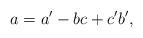
LaTeX: \begin{align*}a = a' - bc + c'b',\end{align*}